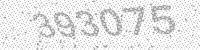
Solution: 393075